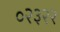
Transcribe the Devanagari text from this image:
०२३२२